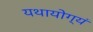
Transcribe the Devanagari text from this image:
यथायोग्यं